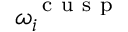
\omega _ { i } ^ { \mathrm { ~ c ~ u ~ s ~ p ~ } }